Vaccination in Burma 1912-1922 - 1912-1922
Year: 1912
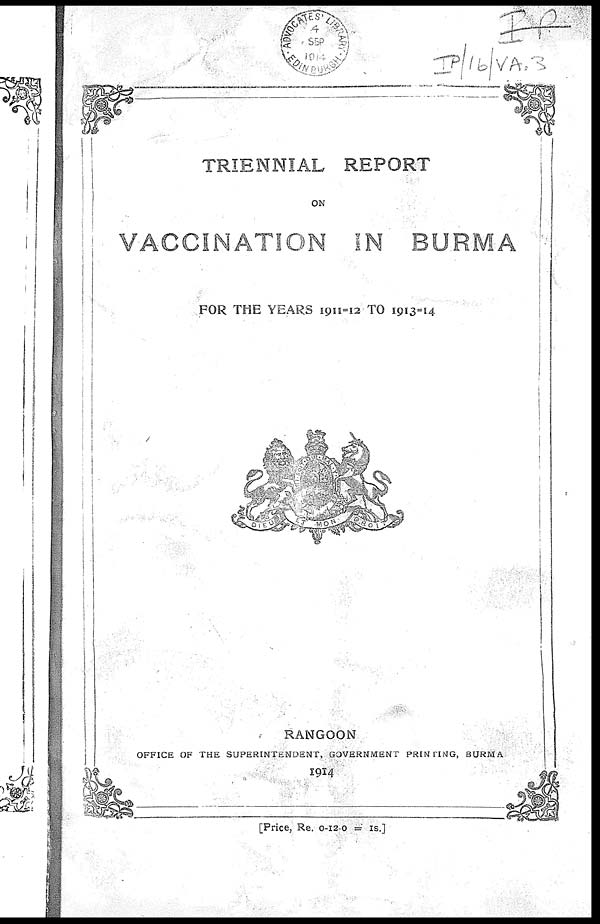
TRIENNIAL REPORT
ON
VACCINATION IN BURMA
FOR THE YEARS 1911=12 TO 1913=14
RANGOON
OFFICE OF THE SUPERINTENDENT, GOVERNMENT PRINTING, BURMA
1914
[Price, Re. 0-12-0 = IS.]